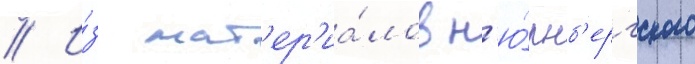
// И́з мат'ер'иа́лов н'ю́рнб'ергского